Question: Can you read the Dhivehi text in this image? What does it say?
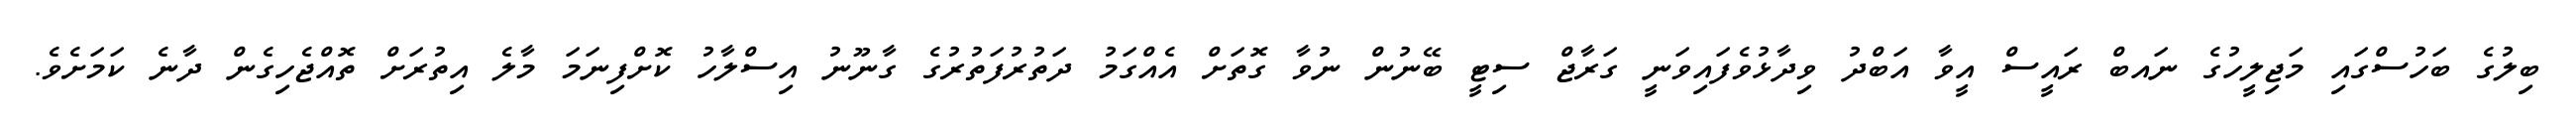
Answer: ބިލުގެ ބަހުސްގައި މަޖިލީހުގެ ނައބް ރައީސް އީވާ އަބްދު ވިދާޅުވެފައިވަނީ ގަރާޖް ސިޓީ ބޭނުން ނުވާ ގޮތަށް އެއްގަމު ދަތުރުފަތުރުގެ ގާނޫނު އިސްލާހު ކޮށްފިނަމަ މާލެ އިތުރަށް ތޮއްޖެހިގެން ދާނެ ކަމަށެވެ.